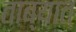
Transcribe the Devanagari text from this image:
ताब्‍यात